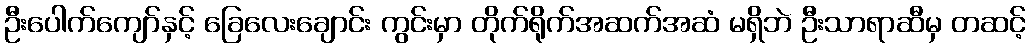
ဦးပေါက်ကျော်နှင့် ခြေလေးချောင်း ကွင်းမှာ တိုက်ရိုက်အဆက်အဆံ မရှိဘဲ ဦးသာရာဆီမှ တဆင့်